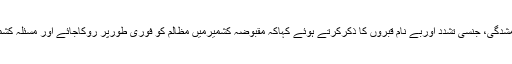
انھوں نے ماوارائے عدالت قتل عام، جبری گمشدگی، جنسی تشدد اوربے نام قبروں کا ذکرکرتے ہوئے کہاکہ مقبوضہ کشمیرمیں مظالم کو فوری طورپر روکاجائے اور مسئلہ کشمیرکا مناسب اورمنصفانہ حل تلاش کیاجائے۔